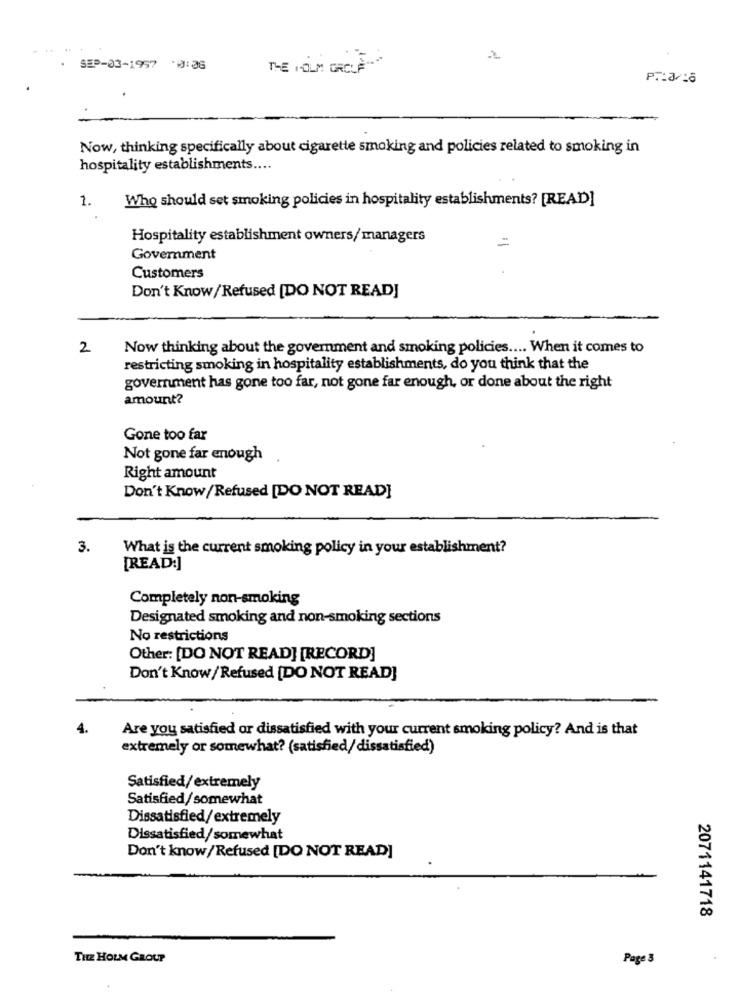
SEP-03-1957 -0:06
THE HOLM GRCLA"."
Now, thinking specifically about cigarette smoking and policies related to smoking in
hospitality establishments ....
1.
Who should set smoking policies in hospitality establishments? [READ]
.
Hospitality establishment owners/managers
=
Government
Customers
Don't Know /Refused [DO NOT READ]
2
Now thinking about the government and smoking policies .... When it comes to
restricting smoking in hospitality establishments, do you think that the
government has gone too far, not gone far enough, or done about the right
amount?
Gone too far
Not gone far enough
Right amount
Don't Know/ Refused [DO NOT READ]
3.
What is the current smoking policy in your establishment?
[READ:]
Completely non-smoking
Designated smoking and non-smoking sections
No restrictions
Other: [DO NOT READ] [RECORD]
Don't Know/Refused [DO NOT READ]
4.
Are you satisfied or dissatisfied with your current smoking policy? And is that
extremely or somewhat? (satisfied/ dissatisfied)
Satisfied/extremely
Satisfied/somewhat
Dissatisfied/extremely
Dissatisfied/somewhat
Don't know/Refused [DO NOT READ]
2071141718
THE HOLM GROUP
Page 3